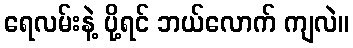
ရေလမ်းနဲ့ ပို့ရင် ဘယ်လောက် ကျလဲ။